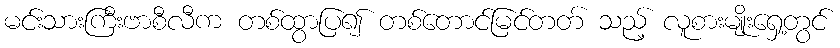
မင်းသားကြီးဗာစီလီက တစ်ထွာပြ၍ တစ်တောင်မြင်တတ် သည့် လူစားမျိုးရှေ့တွင်